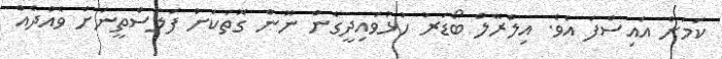
ކަމަށް އައިސްފަ އެވެ. އިލްރޭލް ބޯޑަރު ހުޅުވައިދީގެން ނޫން ގޮތަކަށް ފަލަސްތީނަށް ވެއްދެއް